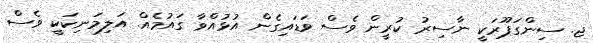
ޖ. ސިންގަޕޫރަކީ ނާސިރު ކުރީން ވެސް ވަޑައިގެން އުޅުއްވާ ގައުމެއް. އަލިމަނިކަކީ ވެސް